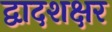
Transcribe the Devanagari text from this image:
द्वादशक्षर